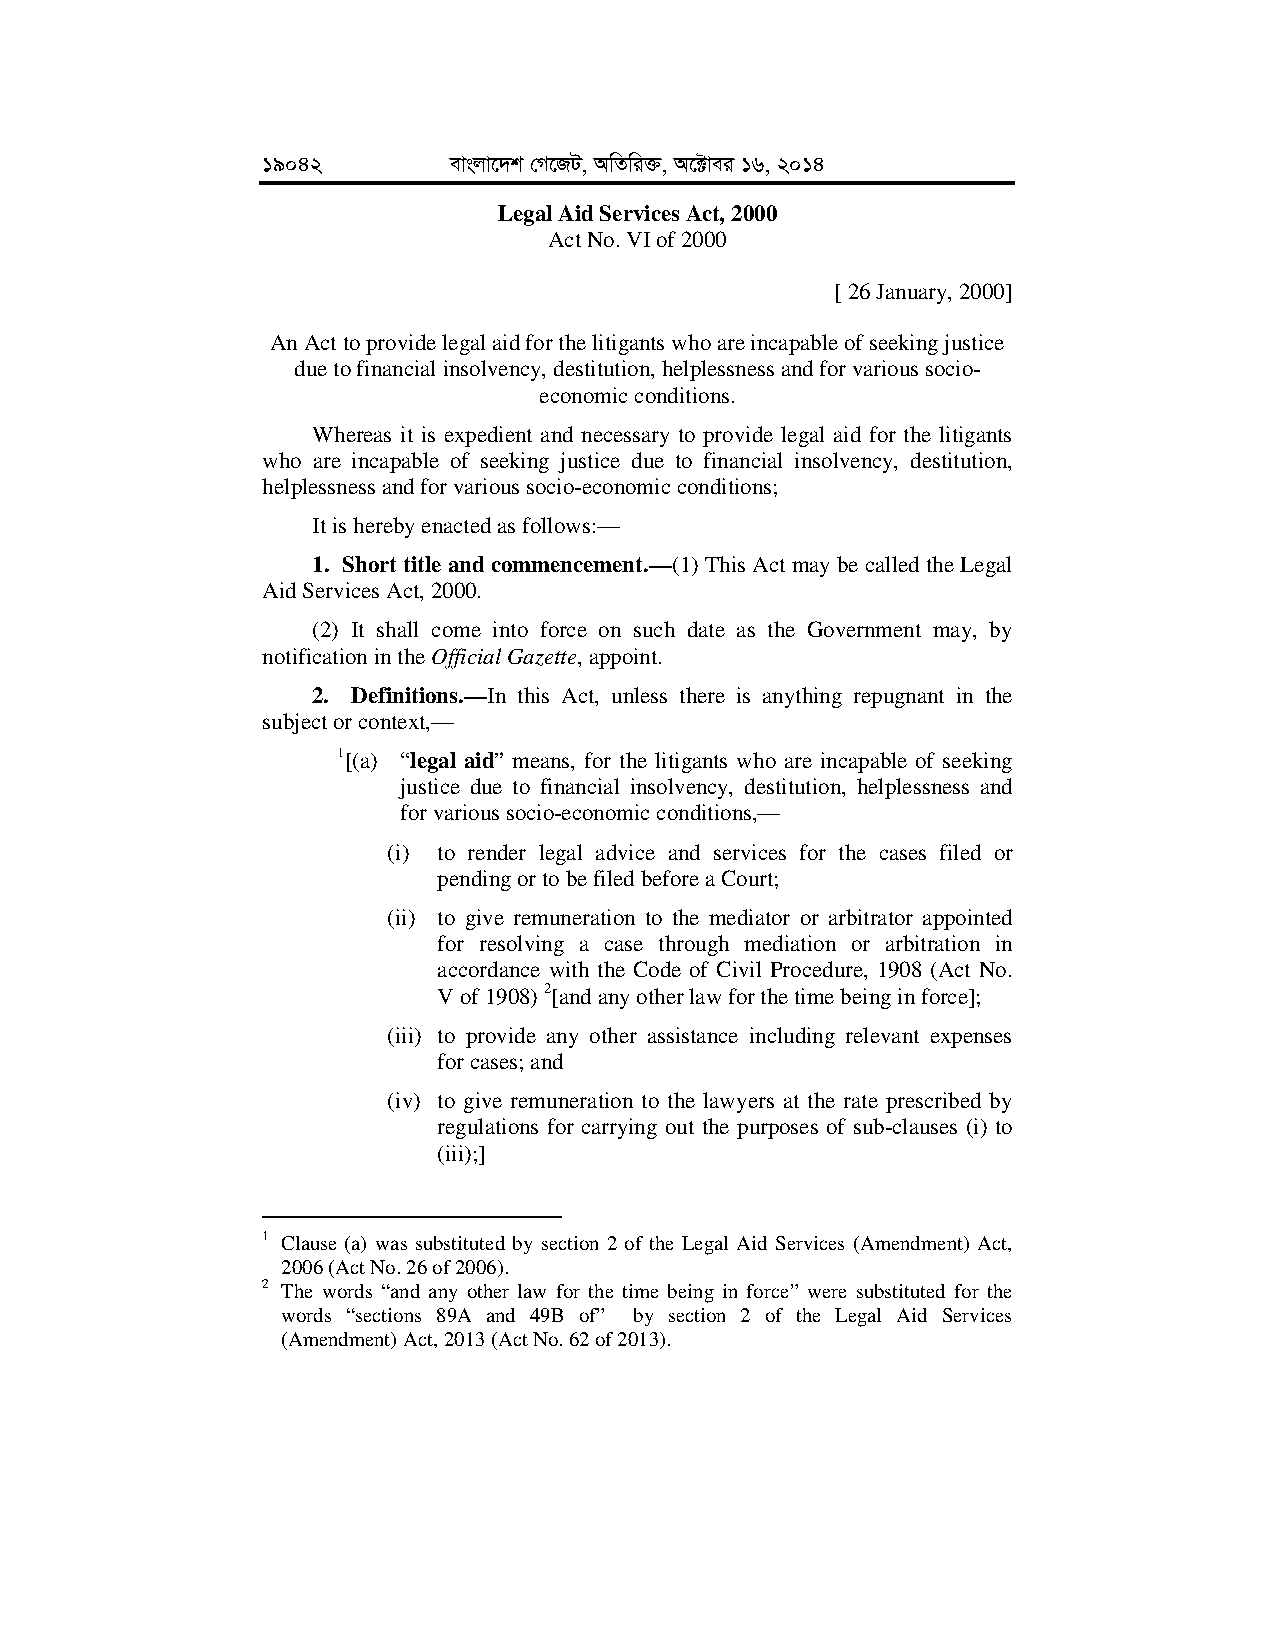
19042        evsjv‡`k †M‡RU, AwZwi³, A‡±vei 16, 2014
 Legal Aid Services Act, 2000
 Act No. VI of 2000
 [ 26 January, 2000]
 An Act to provide legal aid for the litigants who are incapable of seeking justice
 due to financial insolvency, destitution, helplessness and for various socio-
 economic conditions.
 Whereas it is expedient and necessary to provide legal aid for the litigants
 who are incapable of seeking justice due to financial insolvency, destitution,
 helplessness and for various socio-economic conditions;
 It is hereby enacted as follows:—
 1. Short title and commencement.—(1) This Act may be called the Legal
 Aid Services Act, 2000.
 (2) It shall come into force on such date as the Government may, by
 notification in the Official Gazette, appoint.
 2. Definitions.—In this Act, unless there is anything repugnant in the
 subject or context,—
 1[(a) “legal aid” means, for the litigants who are incapable of seeking
 justice due to financial insolvency, destitution, helplessness and
 for various socio-economic conditions,—
 (i) to render legal advice and services for the cases filed or
 pending or to be filed before a Court;
 (ii) to give remuneration to the mediator or arbitrator appointed
 for resolving a case through mediation or arbitration in
 accordance with the Code of Civil Procedure, 1908 (Act No.
 V of 1908) 2[and any other law for the time being in force];
 (iii) to provide any other assistance including relevant expenses
 for cases; and
 (iv) to give remuneration to the lawyers at the rate prescribed by
 regulations for carrying out the purposes of sub-clauses (i) to
 (iii);]
 1 Clause (a) was substituted by section 2 of the Legal Aid Services (Amendment) Act,
 2006 (Act No. 26 of 2006).
 2 The words “and any other law for the time being in force” were substituted for the
 words “sections 89A and 49B of” by section 2 of the Legal Aid Services
 (Amendment) Act, 2013 (Act No. 62 of 2013).